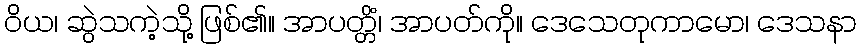
ဝိယ၊ ဆွဲသကဲ့သို့ ဖြစ်၏။ အာပတ္တိံ၊ အာပတ်ကို။ ဒေသေတုကာမော၊ ဒေသနာ